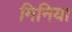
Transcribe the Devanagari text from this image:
मिनिया